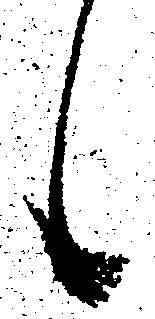
候